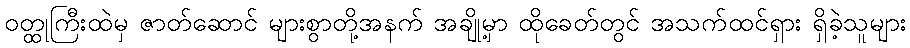
ဝတ္ထုကြီးထဲမှ ဇာတ်ဆောင် များစွာတို့အနက် အချို့မှာ ထိုခေတ်တွင် အသက်ထင်ရှား ရှိခဲ့သူများ